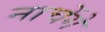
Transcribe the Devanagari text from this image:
नाचेंगे